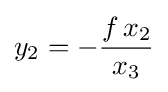
y_{2}=-{\frac {f\,x_{2}}{x_{3}}}